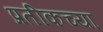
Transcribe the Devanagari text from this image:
प्रतीकच्या